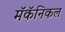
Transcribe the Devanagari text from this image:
मॅकॅनिकल